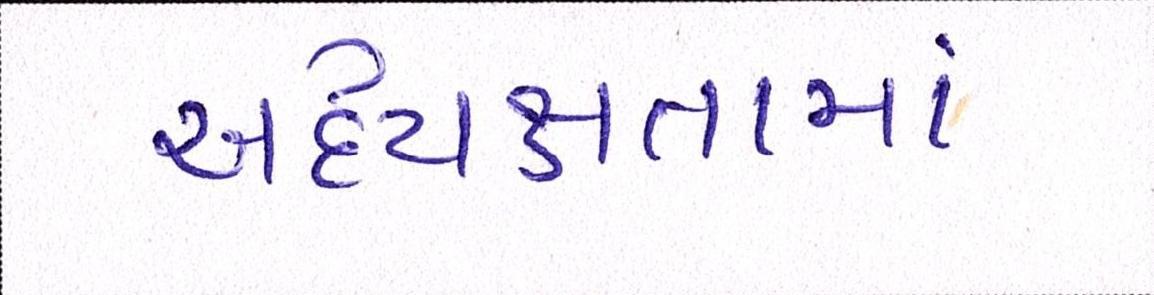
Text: અધ્યક્ષતામાં